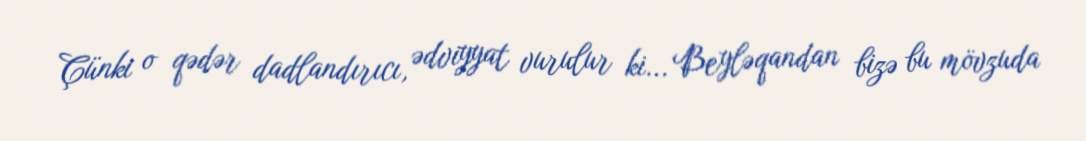
Çünki o qədər dadlandırıcı, ədviyyat vurulur ki... Beyləqandan bizə bu mövzuda